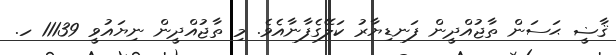
ޤާޟީ ޙަސަން ތާޖުއްދީން ފަނޑިޔާރު ކަލޭގެފާނާއެވެ. މި ތާޖުއްދީން ނިޔައުވީ 11139 ހ.